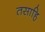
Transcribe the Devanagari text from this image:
तसाहि